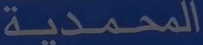
المحمدية